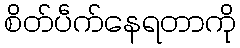
စိတ်ပဵက်နေရတာကို